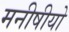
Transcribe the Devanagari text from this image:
मनीषीयो